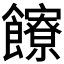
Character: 𩟩